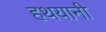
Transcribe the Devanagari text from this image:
हथयानी